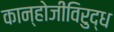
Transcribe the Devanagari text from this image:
कान्होजींविरुद्ध